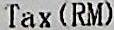
TAX(RM)